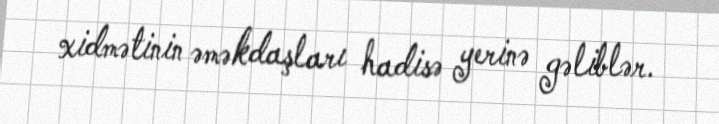
xidmətinin əməkdaşları hadisə yerinə gəliblər.